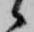
候